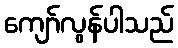
ကျော်လွန်ပါသည်